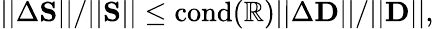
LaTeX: ||\Delta\mathbf{S}||/||\mathbf{S}||\leq\mathrm{cond(\mathbb{R})}||\Delta\mathbf{D}||/||\mathbf{D}||,